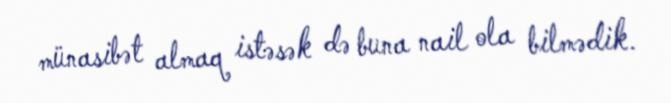
münasibət almaq istəsək də buna nail ola bilmədik.